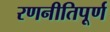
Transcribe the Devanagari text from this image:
रणनीतिपूर्ण